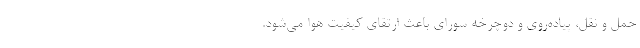
حمل و نقل، پیاده‌روی و دوچرخه سورای باعث ارتقای کیفیت هوا می‌شود.